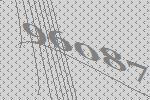
96087